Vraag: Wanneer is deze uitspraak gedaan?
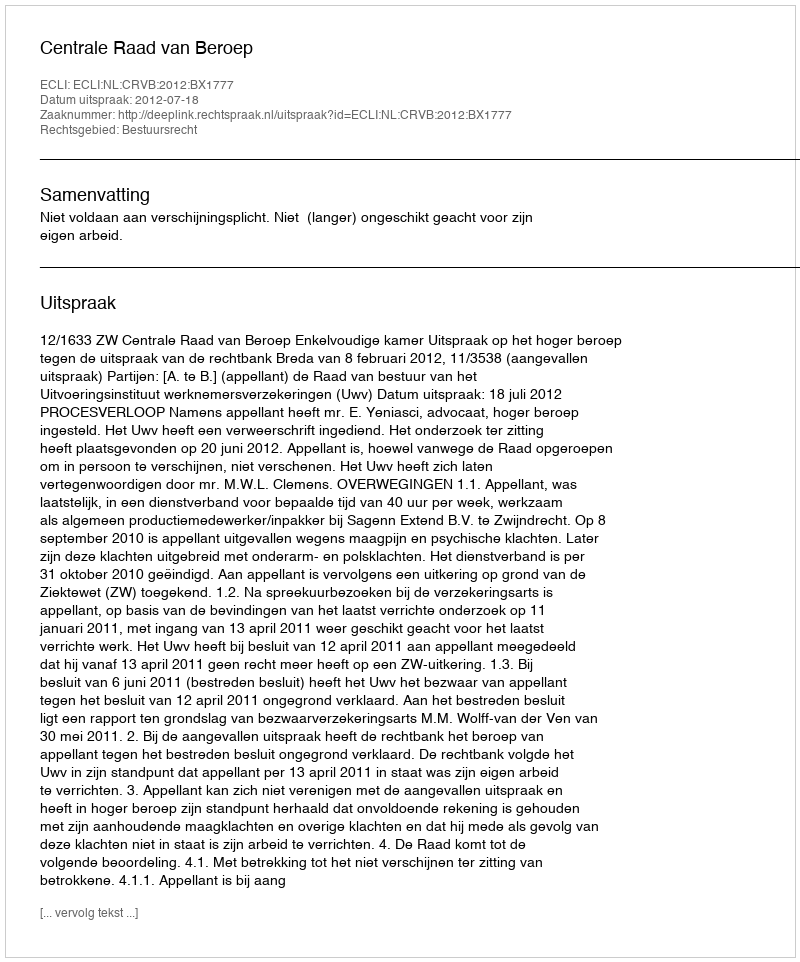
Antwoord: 2012-07-18